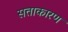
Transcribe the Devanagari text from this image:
सत्ताकारण